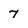
Character: 7